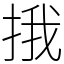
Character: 㧴